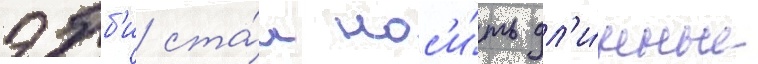
эбб'и ста́л нос'и́ть дл'и́нные